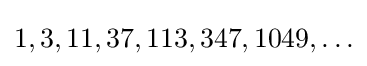
1,3,11,37,113,347,1049,\ldots